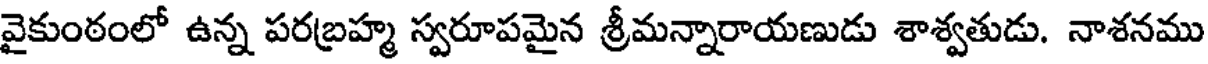
వైకుంఠంలో ఉన్న పరబ్రహ్మ స్వరూపమైన శ్రీమన్నారాయణుడు శాశ్వతుడు. నాశనము